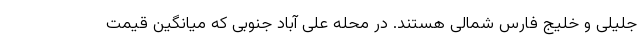
جلیلی و خلیج فارس شمالی هستند. در محله علی آباد جنوبی که میانگین قیمت